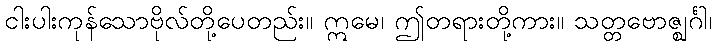
ငါးပါးကုန်သောဗိုလ်တို့ပေတည်း။ ဣမေ၊ ဤတရားတို့ကား။ သတ္တဗောဇ္ဈင်္ဂါ၊